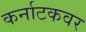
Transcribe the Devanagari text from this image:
कर्नाटकवर